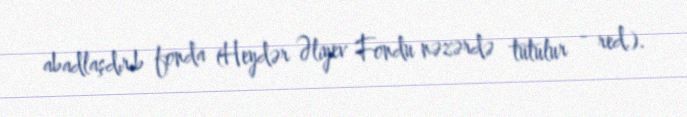
abadlaşdırıb fonda (Heydər Əliyev Fondu nəzərdə tutulur - red.).